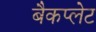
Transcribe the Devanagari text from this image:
बैकप्लेट